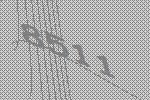
8511